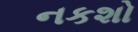
નકશો